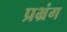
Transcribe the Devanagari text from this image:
प्रभ्रंग